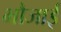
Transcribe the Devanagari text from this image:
भौजाई